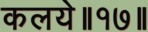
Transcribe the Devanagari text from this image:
कलये॥१७॥